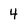
Character: 4